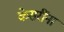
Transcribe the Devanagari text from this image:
केसरींना